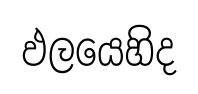
ඵලයෙහිද